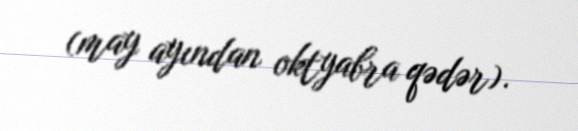
(may ayından oktyabra qədər).